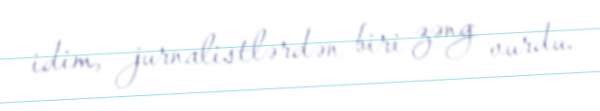
idim, jurnalistlərdən biri zəng vurdu.